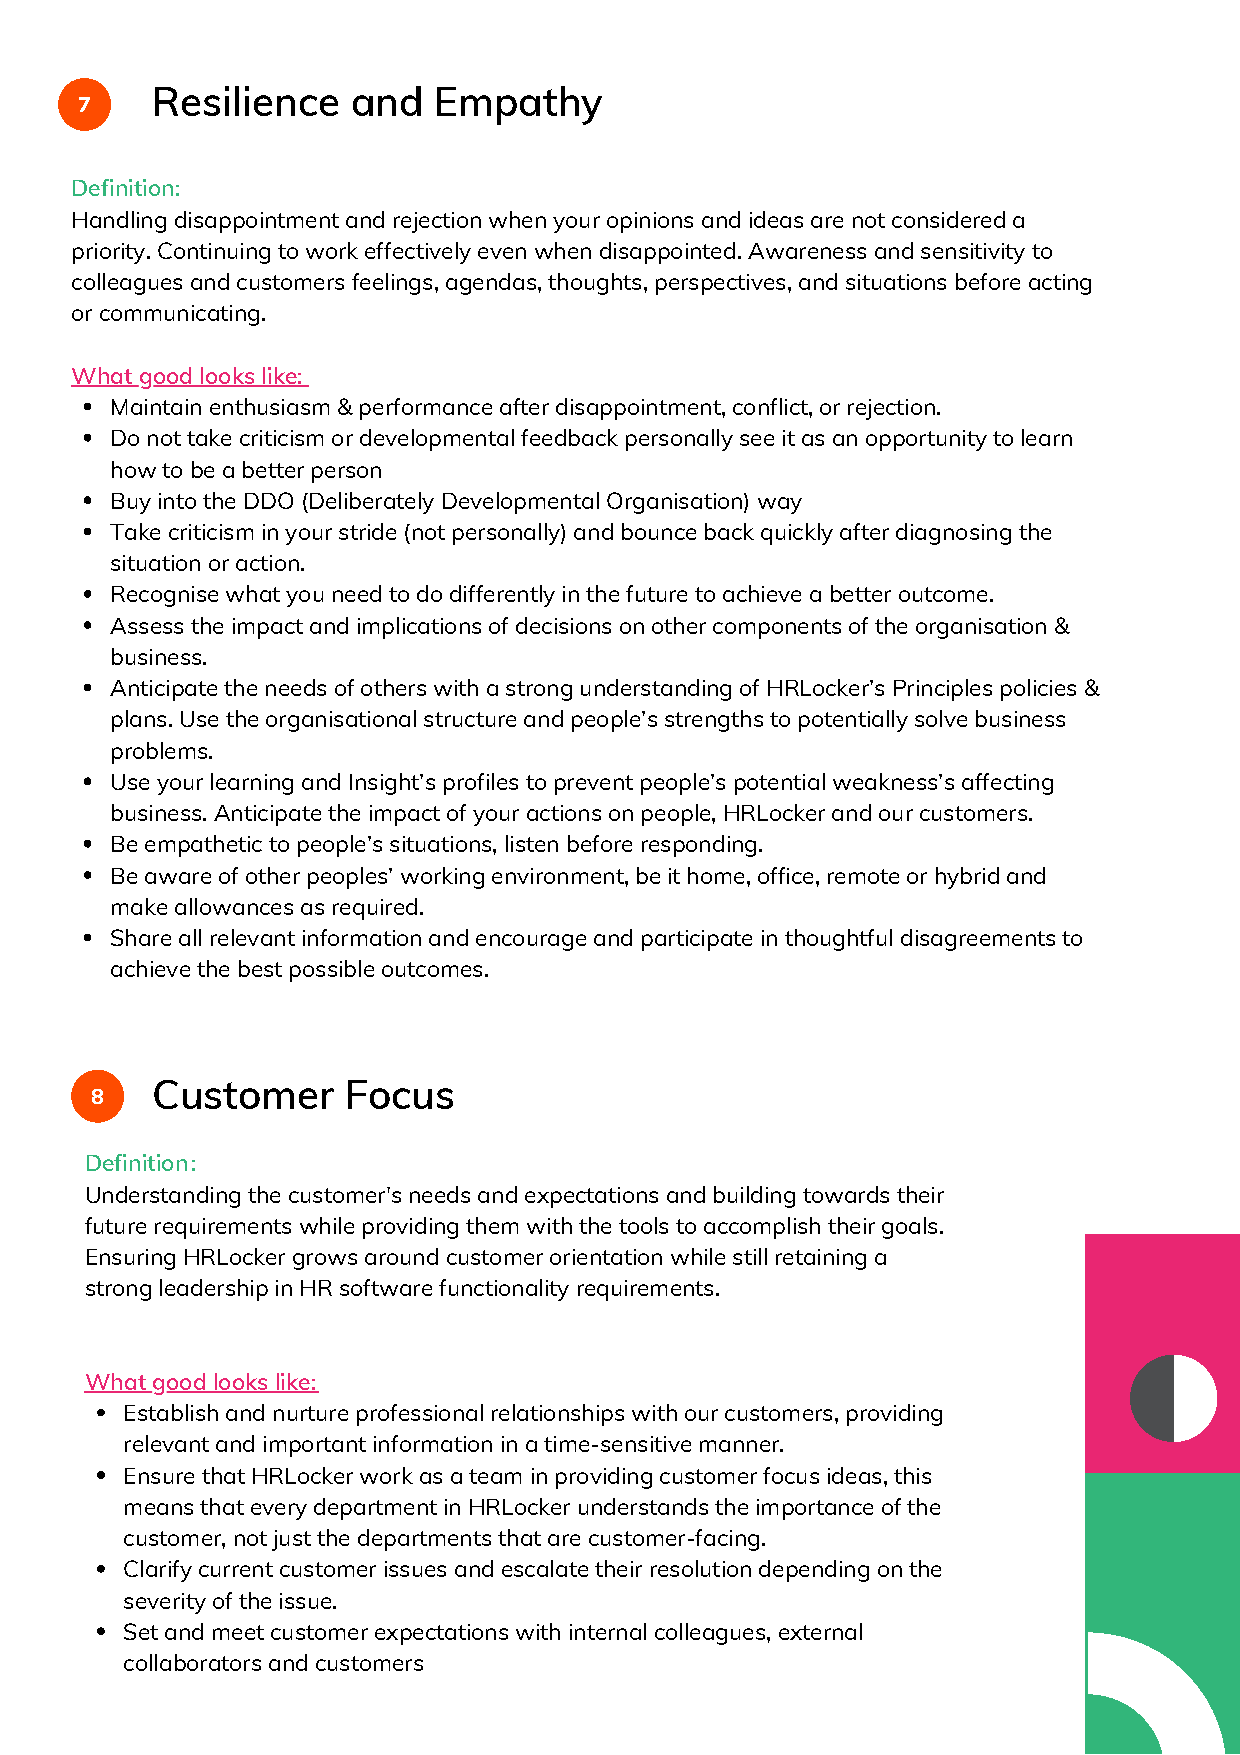
Resilience   and   Empathy
 7
 Definition:
 Handling disappointment and rejection when your opinions and ideas are not considered a
 priority. Continuing to work effectively even when disappointed. Awareness and sensitivity to
 colleagues and customers feelings, agendas, thoughts, perspectives, and situations before acting
 or communicating.
 What good looks like:
 Maintain enthusiasm & performance after disappointment, conflict, or rejection.
 Do not take criticism or developmental feedback personally see it as an opportunity to learn
 how to be a better person
 Buy into the DDO (Deliberately Developmental Organisation) way
 Take criticism in your stride (not personally) and bounce back quickly after diagnosing the
 situation or action.
 Recognise what you need to do differently in the future to achieve a better outcome.
 Assess the impact and implications of decisions on other components of the organisation &
 business.
 Anticipate the needs of others with a strong understanding of HRLocker’s Principles policies &
 plans. Use the organisational structure and people’s strengths to potentially solve business
 problems.
 Use your learning and Insight’s profiles to prevent people’s potential weakness’s affecting
 business. Anticipate the impact of your actions on people, HRLocker and our customers.
 Be empathetic to people’s situations, listen before responding.
 Be aware of other peoples’ working environment, be it home, office, remote or hybrid and
 make allowances as required.
 Share all relevant information and encourage and participate in thoughtful disagreements to
 achieve the best possible outcomes.
 Customer     Focus
 8
 Definition :
 Understanding the customer's needs and expectations and building towards their
 future requirements while providing them with the tools to accomplish their goals.
 Ensuring HRLocker grows around customer orientation while still retaining a
 strong leadership in HR software functionality requirements.
 What good looks like:
 Establish and nurture professional relationships with our customers, providing
 relevant and important information in a time-sensitive manner.
 Ensure that HRLocker work as a team in providing customer focus ideas, this
 means that every department in HRLocker understands the importance of the
 customer, not just the departments that are customer-facing.
 Clarify current customer issues and escalate their resolution depending on the
 severity of the issue.
 Set and meet customer expectations with internal colleagues, external
 collaborators and customers